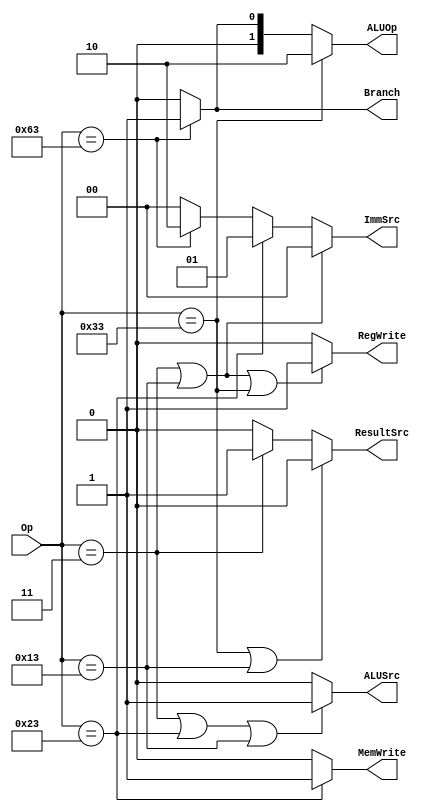
`timescale 1ns / 1ps
//////////////////////////////////////////////////////////////////////////////////
// Company: 
// Engineer: 
// 
// Design Name: 
// Module Name: Main_Decoder
// Project Name: 
// Target Devices: 
// Tool Versions: 
// Description: 
// 
// Dependencies: 
// 
// Revision:
// Revision 0.01 - File Created
// Additional Comments:
// 
//////////////////////////////////////////////////////////////////////////////////
module Main_Decoder(
    input [6:0]Op,
    output RegWrite,ALUSrc,MemWrite,ResultSrc,Branch,
    output [1:0]ImmSrc,ALUOp
    );
                    //(      I-type		|		  I-type     |        R-type    )
    assign RegWrite = (Op == 7'b0000011 | Op == 7'b0010011 | Op == 7'b0110011 ) ? 1'b1 : 1'b0 ;  
    assign ImmSrc = (Op == 7'b0000011 | Op == 7'b0010011) ? 2'b00 :// I-type
                    (Op == 7'b0100011) ? 2'b01 : //S-type
                    (Op == 7'b1100011) ? 2'b10 : //B-type   		
                                         2'b00; //R-type
                  //(      I-type		 |		  S-type      |        I-type    )
    assign ALUSrc = (Op == 7'b0000011 | Op == 7'b0100011 | Op == 7'b0010011) ? 1'b1 : 1'b0 ;   
    assign MemWrite = (Op == 7'b0100011) ? 1'b1 : 1'b0 ;//S-type    
    assign ResultSrc = (Op == 7'b0110011 | Op == 7'b0010011) ? 1'b0 :// R-type,I-type-arith
                       (Op == 7'b0000011) ? 1'b1 : //I-type-loads
                                            1'b0 ;
    assign Branch = (Op == 7'b1100011) ? 1'b1 : 1'b0 ;//B-Type
    assign ALUOp = (Op == 7'b0110011) ? 2'b10 : //R-Type 
                   (Op == 7'b1100011) ? 2'b01 : //B-Type
                                        2'b00;  //I-Type,S-Type 
endmodule